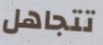
تتجاهل